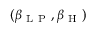
( \beta _ { \mathrm { ~ L ~ P ~ } } , \beta _ { \mathrm { ~ H ~ } } )